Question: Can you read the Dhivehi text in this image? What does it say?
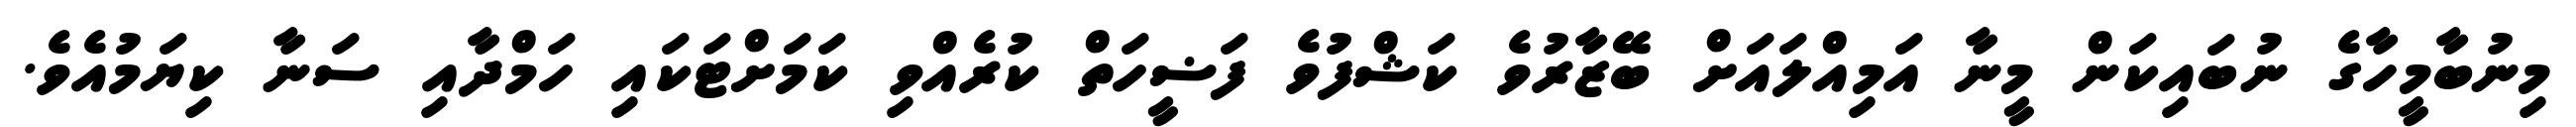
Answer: މިނުބާމީހާގެ ނުބައިކަން މީނާ އަމިއްލައަށް ބޭޒާރުވެ ކަޝްފުވެ ފަޟީހަތް ކުރެއްވި ކަމަށްޓަކައި ހަމްދާއި ސަނާ ކިޔަމުއެވެ.